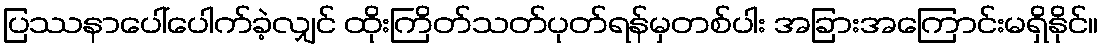
ပြဿနာပေါ်ပေါက်ခဲ့လျှင် ထိုးကြိတ်သတ်ပုတ်ရန်မှတစ်ပါး အခြားအကြောင်းမရှိနိုင်။